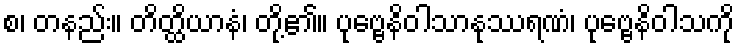
စ၊ တနည်း။ တိတ္ထိယာနံ၊ တို့၏။ ပုဗ္ဗေနိဝါသာနုဿရဏံ၊ ပုဗ္ဗေနိဝါသကို